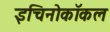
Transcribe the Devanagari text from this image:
इचिनोकॉकल